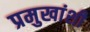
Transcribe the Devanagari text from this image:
प्रमुखांशी